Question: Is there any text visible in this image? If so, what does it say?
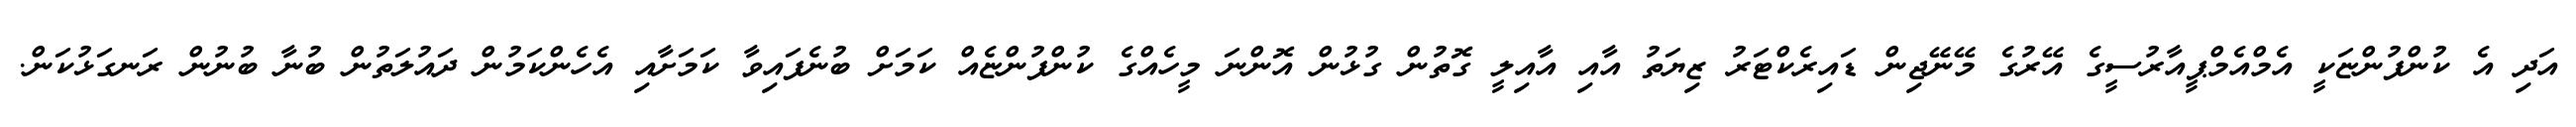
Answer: އަދި އެ ކުންފުންޏަކީ އެމްއެމްޕީއާރުސީގެ އޭރުގެ މޭނޭޖިން ޑައިރެކްޓަރު ޒިޔަތު އާއި އާއިލީ ގޮތުން ގުޅުން އޮންނަ މީހެއްގެ ކުންފުންޏެއް ކަމަށް ބުނެފައިވާ ކަމަށާއި އެހެންކަމުން ދައުލަތުން ބުނާ ބުނުން ރަނގަޅުކަން.